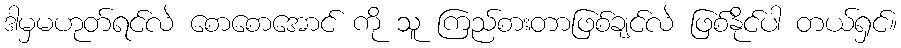
ဒါမှမဟုတ်ရင်လဲ စောစောအောင် ကို သူ ကြည်စားတာဖြစ်ချင်လဲ ဖြစ်နိုင်ပါ တယ်ရှင်။